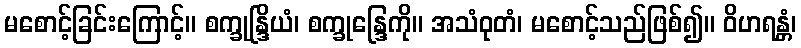
မစောင့်ခြင်းကြောင့်။ စက္ခုန္ဒြိယံ၊ စက္ခုန္ဒြေကို။ အသံဝုတံ၊ မစောင့်သည်ဖြစ်၍။ ဝိဟရန္တံ၊